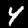
Digit: 4